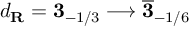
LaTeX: d _ { \bf R } = { \bf 3 } _ { - 1 / 3 } \longrightarrow \overline { { { \bf 3 } } } _ { - 1 / 6 }